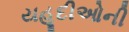
યહૂદીઓની